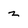
Character: 2